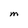
Character: M